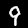
Digit: 9